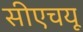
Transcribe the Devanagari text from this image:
सीएचयू